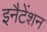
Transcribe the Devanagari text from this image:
इनैटेंशन